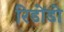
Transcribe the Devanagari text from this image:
रिडोंडो